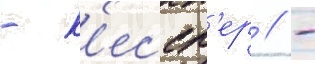
- к'ессл'ер // -